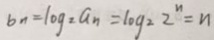
b _ { n } = \log _ { 2 } = a _ { n } = \log _ { 2 } 2 ^ { n } = n